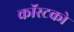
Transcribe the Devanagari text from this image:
कॉस्टको